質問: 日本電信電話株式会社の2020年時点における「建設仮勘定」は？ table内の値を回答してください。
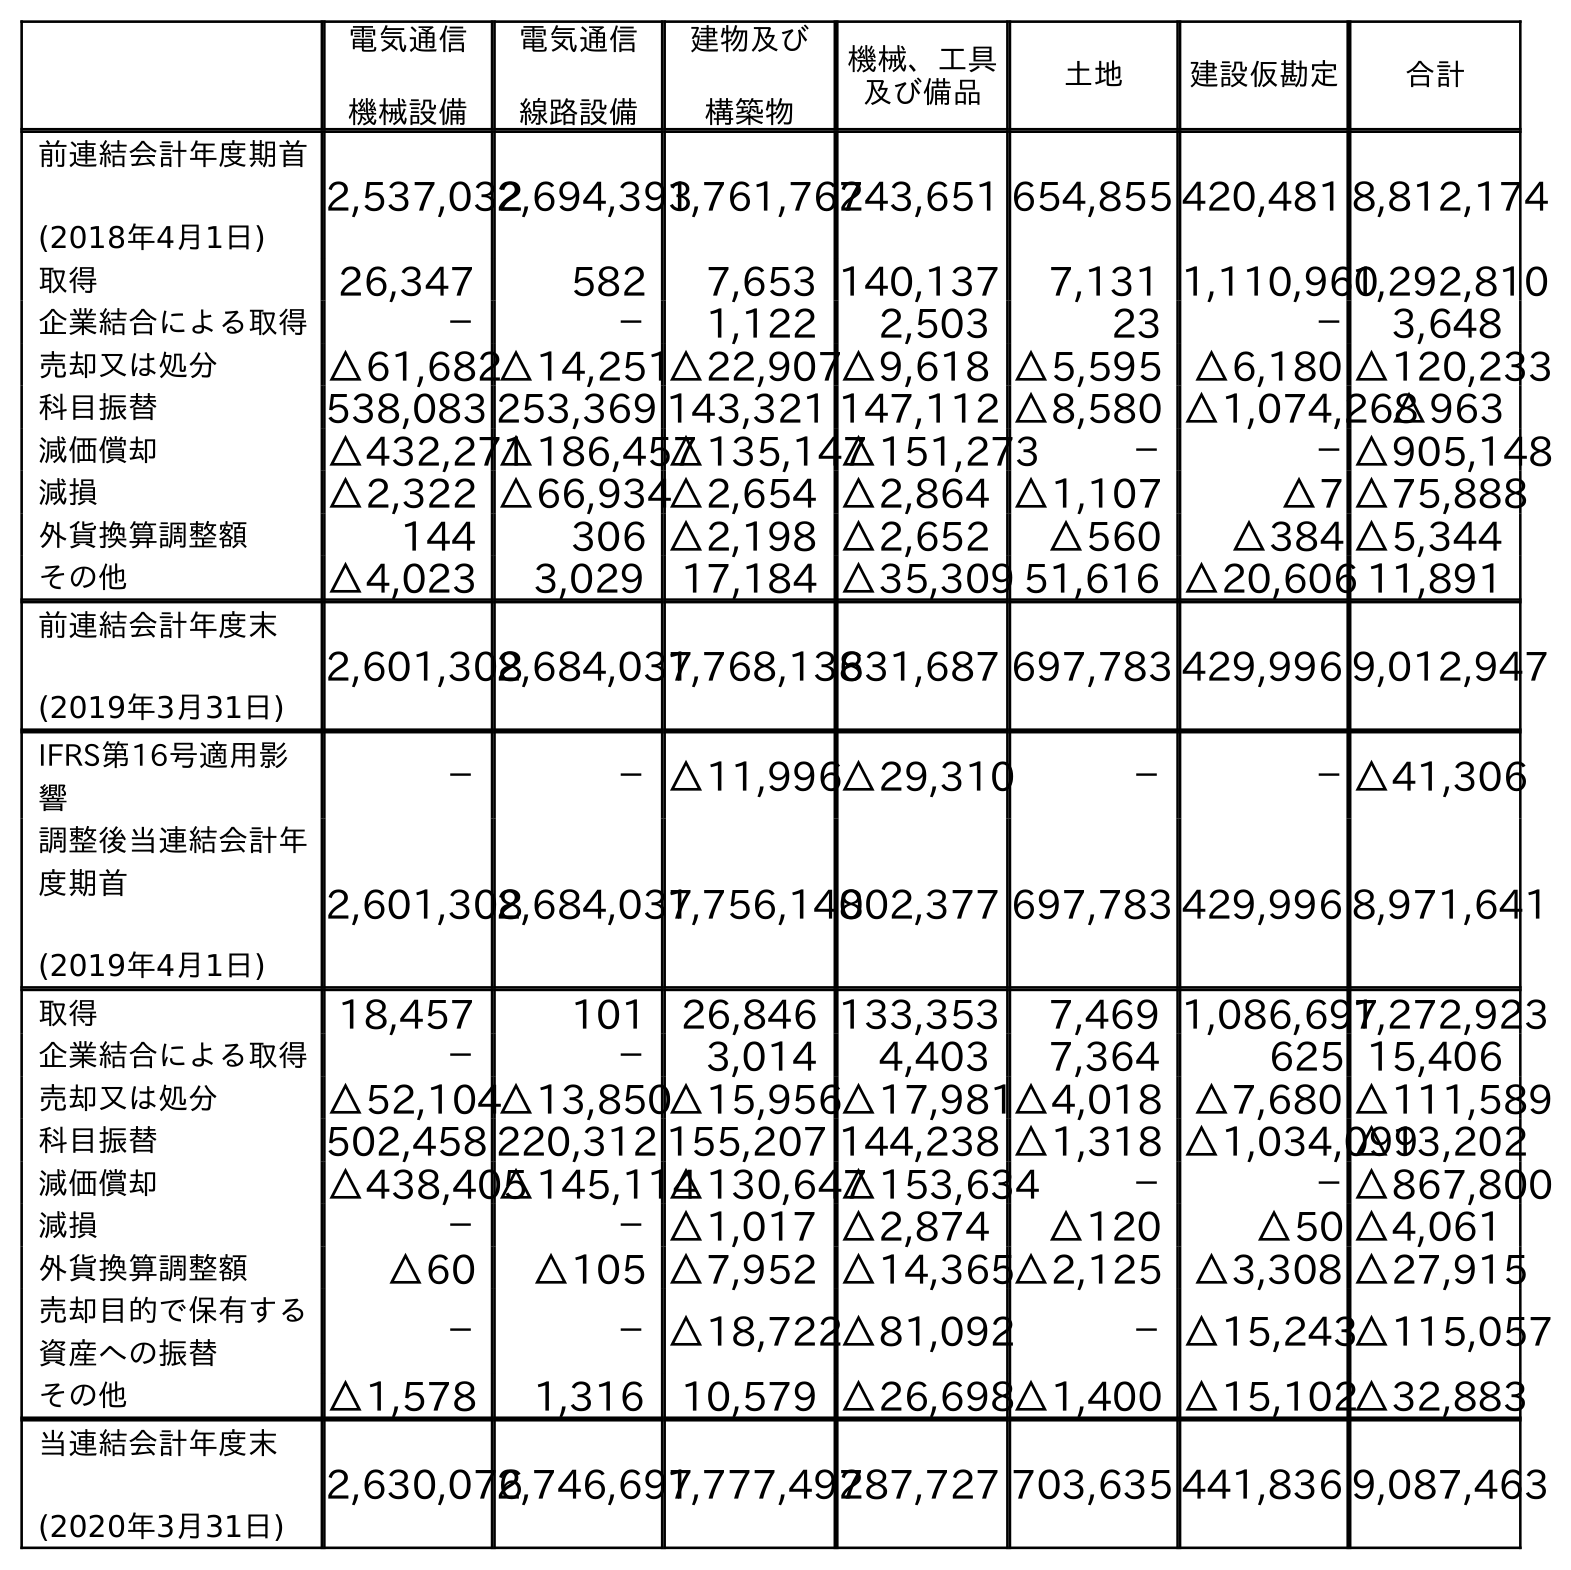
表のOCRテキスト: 電気通信 機械設備 電気通信 線路設備 建物及び 構築物 機械、工具 及び備品 土地 建設仮勘定 合計 前連結会計年度期首 (2018年4月1日) 2,537,0322,694,3931,761,762743,651 654,855 420,481 8,812,174 取得 26,347 582 7,653 140,137 7,131 1,110,9601,292,810 企業結合による取得 － － 1,122 2,503 23 － 3,648 売却又は処分 △61,682△14,251△22,907△9,618 △5,595 △6,180 △120,233 科目振替 538,083 253,369 143,321 147,112 △8,580 △1,074,268△963 減価償却 △432,271△186,457△135,147△151,273 － －△905,148 減損 △2,322 △66,934△2,654 △2,864 △1,107 △7 △75,888 外貨換算調整額 144 306 △2,198 △2,652 △560 △384 △5,344 その他 △4,023 3,029 17,184 △35,309 51,616 △20,606 11,891 前連結会計年度末 (2019年3月31日) 2,601,3082,684,0371,768,136831,687 697,783 429,996 9,012,947 IFRS第16号適用影 響 － －△11,996△29,310 － －△41,306 調整後当連結会計年 度期首 (2019年4月1日) 2,601,3082,684,0371,756,140802,377 697,783 429,996 8,971,641 取得 18,457 101 26,846 133,353 7,469 1,086,6971,272,923 企業結合による取得 － － 3,014 4,403 7,364 625 15,406 売却又は処分 △52,104△13,850△15,956△17,981△4,018 △7,680 △111,589 科目振替 502,458 220,312 155,207 144,238 △1,318 △1,034,099 △13,202 減価償却 △438,405△145,114△130,647△153,634 － －△867,800 減損 － －△1,017 △2,874 △120 △50 △4,061 外貨換算調整額 △60 △105 △7,952 △14,365△2,125 △3,308 △27,915 売却目的で保有する 資産への振替 － －△18,722△81,092 －△15,243△115,057 その他 △1,578 1,316 10,579 △26,698△1,400 △15,102△32,883 当連結会計年度末 (2020年3月31日) 2,630,0762,746,6971,777,492787,727 703,635 441,836 9,087,463
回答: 441,836